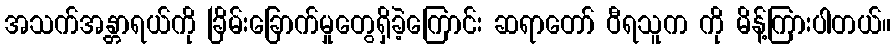
အသက်အန္တာရယ်ကို ခြိမ်းခြောက်မှုတွေရှိခဲ့ကြောင်း ဆရာတော် ဝီရသူက ကို မိန့်ကြားပါတယ်။